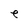
Character: e